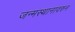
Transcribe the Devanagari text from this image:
जन्मस्थानावरुन